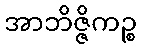
အာဘိဇ္ဇိကဉ္စ